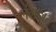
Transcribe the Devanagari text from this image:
लंगडाते